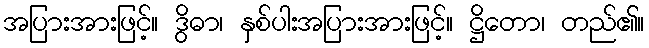
အပြားအားဖြင့်။ ဒွိဓာ၊ နှစ်ပါးအပြားအားဖြင့်။ ဋ္ဌိတော၊ တည်၏။